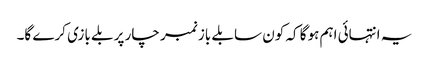
یہ انتہائی اہم ہوگا کہ کون سا بلے باز نمبر چار پر بلے بازی کرے گا۔